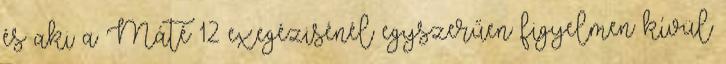
és aki a Máté 12 exegézisénél egyszerűen figyelmen kívül